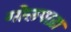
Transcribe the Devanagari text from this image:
गोलपाड़ा